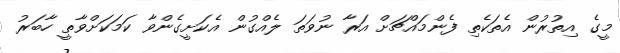
މީގެ އިތުރުން އެތަކެތި ފެންމައްޗަށް އަރާ ނުވަތަ ލެއްގުން އެކަށީގެންވާ ކަމަކަށްވާތީ ހާބަރު